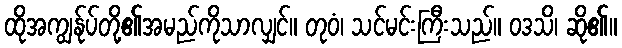
ထိုအကျွန်ုပ်တို့၏အမည်ကိုသာလျှင်။ တုဝံ၊ သင်မင်းကြီးသည်။ ဝဒသိ၊ ဆို၏။